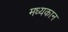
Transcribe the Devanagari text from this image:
मध्यकान